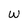
Character: w